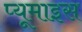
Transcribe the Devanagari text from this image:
प्यूमाइस